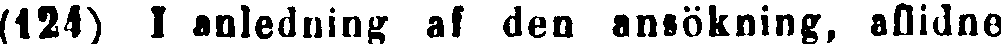
(124) I anledning af den ansökning, aflidne